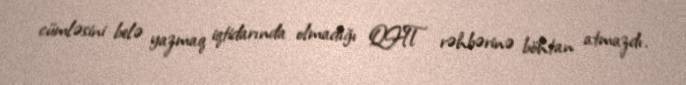
cümləsini belə yazmaq iqtidarında olmadığı QHT rəhbərinə böhtan atmazdı.